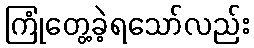
ကြုံတွေ့ခဲ့ရသော်လည်း